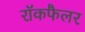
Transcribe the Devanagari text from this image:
रॉकफैलर